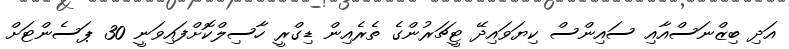
އަދި ބިޒްނަސްއާއި ސައިންސް ކިޔަވައިދޭ ޓީޗަރުންގެ ތެރެއިން ޑިގްރީ ހާސިލްކޮށްފައިވަނީ 30 ޕަސެންޓަށް